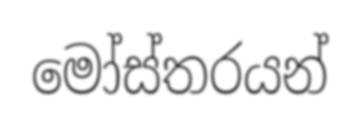
මෝස්තරයන්